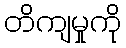
တိကျမှုကို